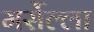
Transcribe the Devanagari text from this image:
मर्सेल्ला